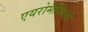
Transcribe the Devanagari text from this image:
एयरोमैक्सिको